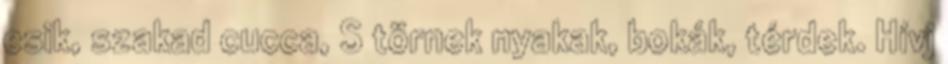
esik, szakad cucca, S törnek nyakak, bokák, térdek. Hívj